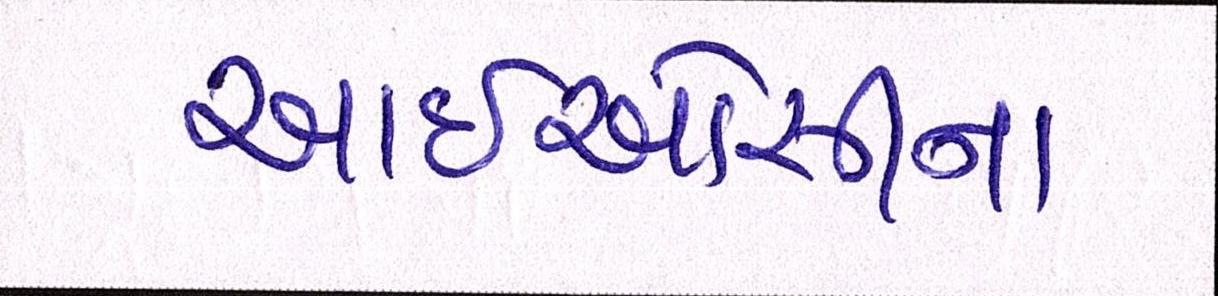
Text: આઈઓસીના